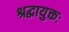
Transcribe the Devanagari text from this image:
श्रद्धायुक्तः